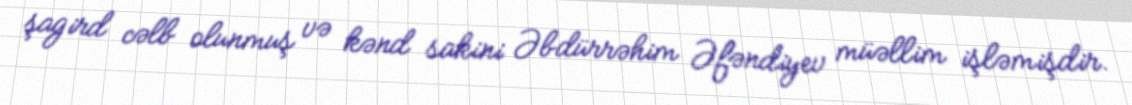
şagird cəlb olunmuş və kənd sakini Əbdürrəhim Əfəndiyev müəllim işləmişdir.